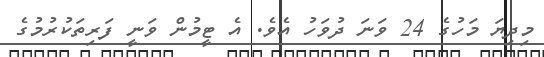
މިދިޔަ މަހުގެ 24 ވަނަ ދުވަހު އެވެ. އެ ޓީމުން ވަނީ ފަރިތަކުރުމުގެ